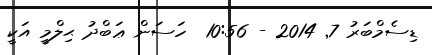
ޑިސެމްބަރު 7